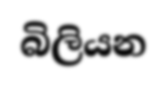
බිලියන